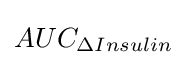
AUC_{\Delta Insulin}